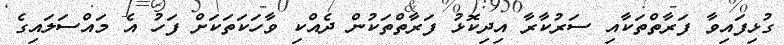
ގުޅިފައިވާ ފަރާތްތަކާއި ސަރުކާރާ އިދިކޮޅު ފަރާތްތަކުން ދެއްކި ވާހަކަތަކަށް ފަހު އެ މައްސަލައިގެ